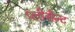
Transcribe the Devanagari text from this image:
प्लीसैन्ट